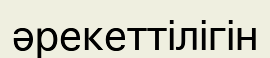
әрекеттілігін